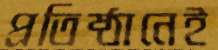
প্রতিষ্ঠানেই